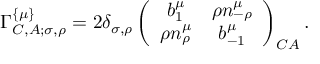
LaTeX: \Gamma _ { C , A ; \sigma , \rho } ^ { \left\{ \mu \right\} } = 2 \delta _ { \sigma , \rho } \left( \begin{array} { c c } { { b _ { 1 } ^ { \mu } } } & { { \rho n _ { - \rho } ^ { \mu } } } \\ { { \rho n _ { \rho } ^ { \mu } } } & { { b _ { - 1 } ^ { \mu } } } \end{array} \right) _ { C A } .